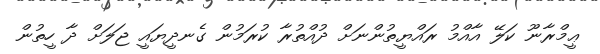
ޢީމްރާނޫ ކަލޭ އާއްމު ރައްޔީތުންނަށް ދުއްތުރާ ކުރަމުން ގެނދީޔައީ ޖަލަށް ދާ ހީތުން